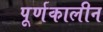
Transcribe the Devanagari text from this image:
पूर्णकालीन